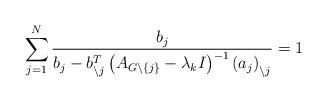
LaTeX: \begin{align*}\sum_{j=1}^{N}\frac{b_{j}}{b_{j}-b_{\backslash j}^{T}\left( A_{G\backslash\left\{ j\right\} }-\lambda_{k}I\right) ^{-1}\left( a_{j}\right)_{\backslash j}}=1 \end{align*}